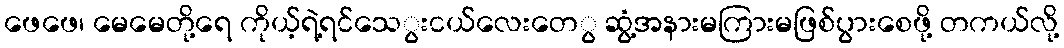
ဖေဖေ၊ မေမေတို့ရေ ကိုယ့်ရဲ့ရင်သေွးငယ်လေးတေွ ဆွံ့အနားမကြားမဖြစ်ပွားစေဖို့ တကယ်လို့